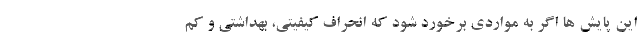
این پایش ها اگر به مواردی برخورد شود که انحراف کیفیتی، بهداشتی و کم